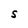
Character: S